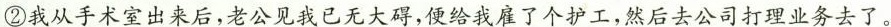
”②我从手术室出来后，老公见我已无大碍，便给我雇了个护工，然后去公司打理业务去了。